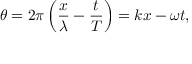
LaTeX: \theta = 2 \pi \left( { \frac { x } { \lambda } } - { \frac { t } { T } } \right) = k x - \omega t ,